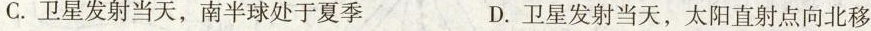
C.卫星发射当天，南半球处于夏季 D.卫星发射当天，太阳直射点向北移